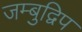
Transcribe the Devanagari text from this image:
जम्‍बुद्विप